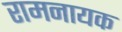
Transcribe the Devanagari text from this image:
रामनायक